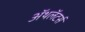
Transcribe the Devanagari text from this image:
ॲथलॅटर्स